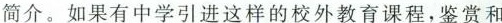
简介。如果有中学引进这样的校外教育课程，鉴赏和